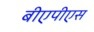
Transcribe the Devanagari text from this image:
बीएपीएस